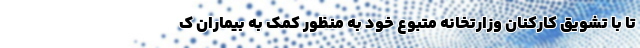
تا با تشویق کارکنان وزارتخانه متبوع خود به منظور کمک به بیماران ک